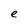
Character: e